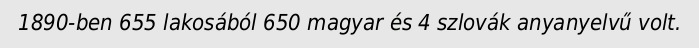
1890-ben 655 lakosából 650 magyar és 4 szlovák anyanyelvű volt.